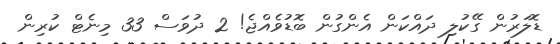
ޑޮލަރުން ގޭކުލި ދައްކަން އެންގުން ބޮޑުވެއްޖެ! 2 ދުވަސް 33 މިނެޓް ކުރިން